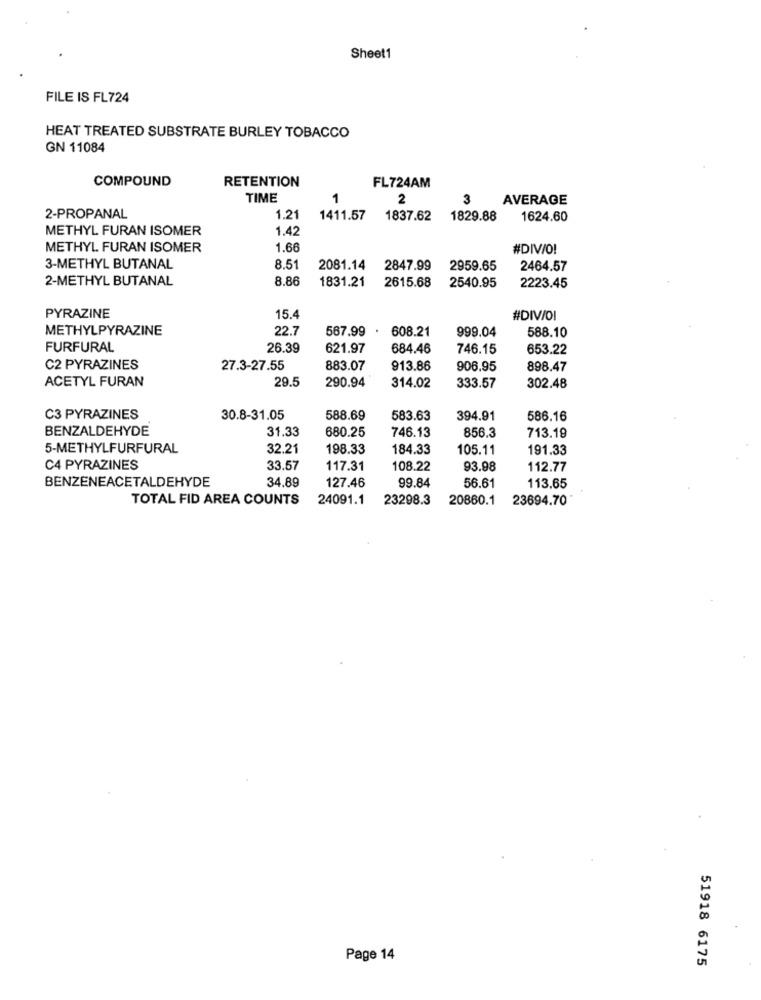
Sheet1
FILE IS FL724
HEAT TREATED SUBSTRATE BURLEY TOBACCO
GN 11084
COMPOUND
RETENTION
FL724AM
TIME
1
2
3
AVERAGE
2-PROPANAL
1.21
1411.57
1837.62
1829.88
1624.60
METHYL FURAN ISOMER
1.42
METHYL FURAN ISOMER
1.66
#DIV/O!
3-METHYL BUTANAL
8.51
2081.14
2847.99
2959.65
2464.57
2-METHYL BUTANAL
8.86
1831.21
2615.68
2540.95
2223.45
PYRAZINE
15.4
#DIV/OI
METHYLPYRAZINE
22.7
567.99
608.21
588.10
999.04
FURFURAL
26.39
621.97
684.46
746.15
653.22
C2 PYRAZINES
27.3-27.55
883.07
913.86
906.95
898.47
ACETYL FURAN
29.5
290.94
314.02
333.57
302.48
C3 PYRAZINES
30.8-31.05
588.69
583.63
394.91
586.16
BENZALDEHYDE
31.33
680.25
746.13
856.3
713.19
5-METHYLFURFURAL
32.21
198.33
184.33
105.11
191.33
C4 PYRAZINES
33.57
117.31
108.22
93.98
112.77
BENZENEACETALDEHYDE
34.89
127.46
56.61
99.84
113.65
TOTAL FID AREA COUNTS
24091.1
23298.3
20860.1
23694.70
Page 14
51918 6175